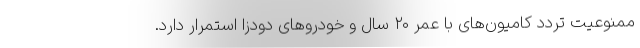
ممنوعیت تردد کامیون‌های با عمر ۲۰ سال و خودروهای دودزا استمرار دارد.